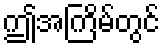
ဤအကြိမ်တွင်